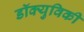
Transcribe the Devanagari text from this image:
डॉक्युविकी